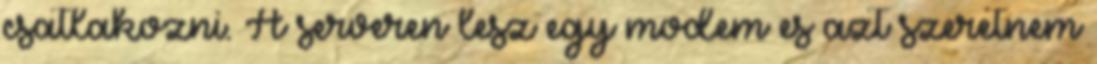
csatlakozni. A serveren lesz egy modem es azt szeretnem